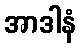
အာဒါနံ